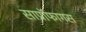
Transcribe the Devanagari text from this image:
साप्रॉफागस